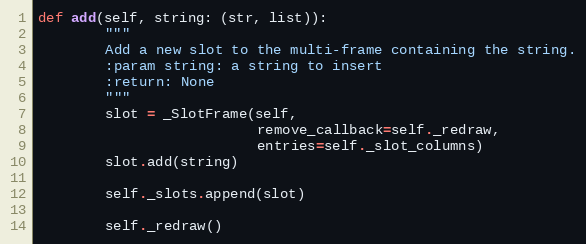
Language: Python
def add(self, string: (str, list)):
        """
        Add a new slot to the multi-frame containing the string.
        :param string: a string to insert
        :return: None
        """
        slot = _SlotFrame(self,
                          remove_callback=self._redraw,
                          entries=self._slot_columns)
        slot.add(string)

        self._slots.append(slot)

        self._redraw()